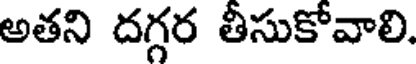
అతని దగ్గర తీసుకోవాలి.